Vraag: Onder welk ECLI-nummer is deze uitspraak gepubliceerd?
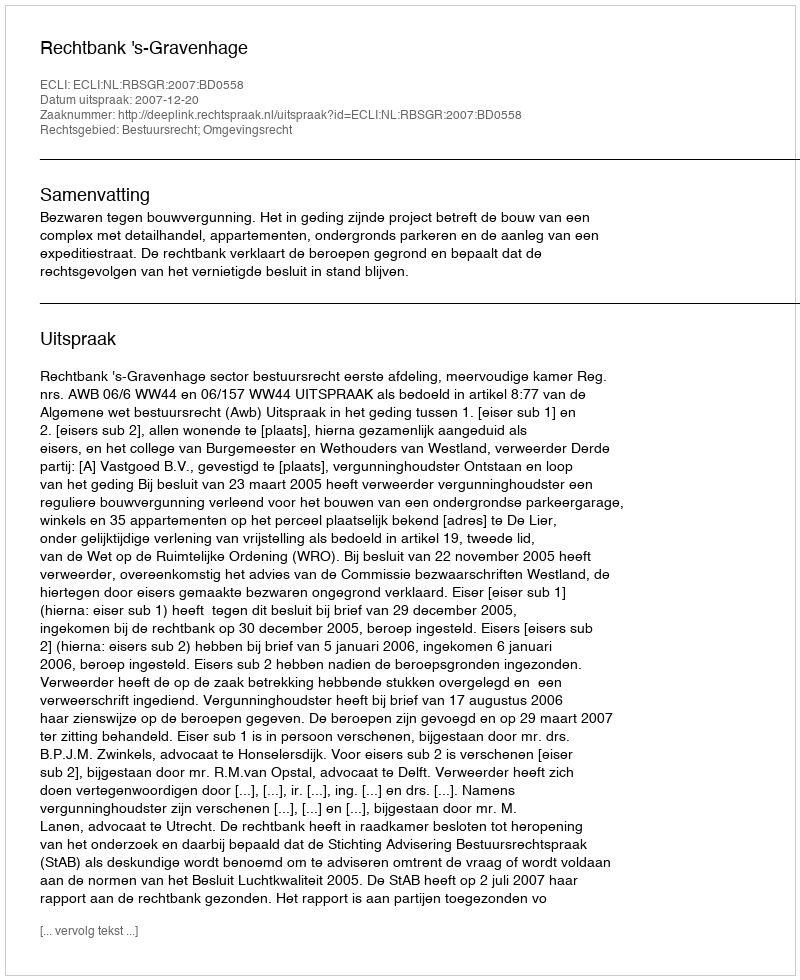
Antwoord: ECLI:NL:RBSGR:2007:BD0558